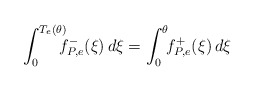
\begin{align*}\int_{0}^{T_e(\theta)}\!\!\!\! f^-_{P,e}(\xi)\,d\xi=\int_{0}^{\theta}\!\! f^+_{P,e}(\xi)\,d\xi\end{align*}